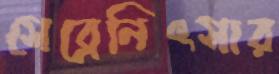
সেব্রেনিৎসার